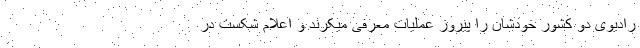
رادیوی دو کشور خودشان را پیروز عملیات معرفی میکرند و اعلام شکست در